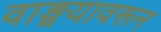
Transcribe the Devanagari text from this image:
वाङ्मयावरून